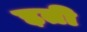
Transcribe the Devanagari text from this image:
ड़ती